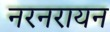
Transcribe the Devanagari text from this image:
नरनरायन